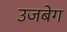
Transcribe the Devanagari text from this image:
उजबेग